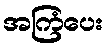
အကြံပေး